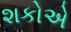
શકોએ